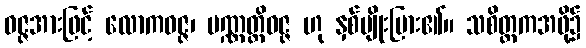
ဝဇ္ဇအားဖြင့် လောကဝဇ္ဇ၊ ပဏ္ဏတ္တိဝဇ္ဇ ဟု နှစ်မျိုးပြား၏။ သစိတ္တကအဖို့၌